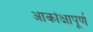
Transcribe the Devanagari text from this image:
आकांक्षापूर्ण